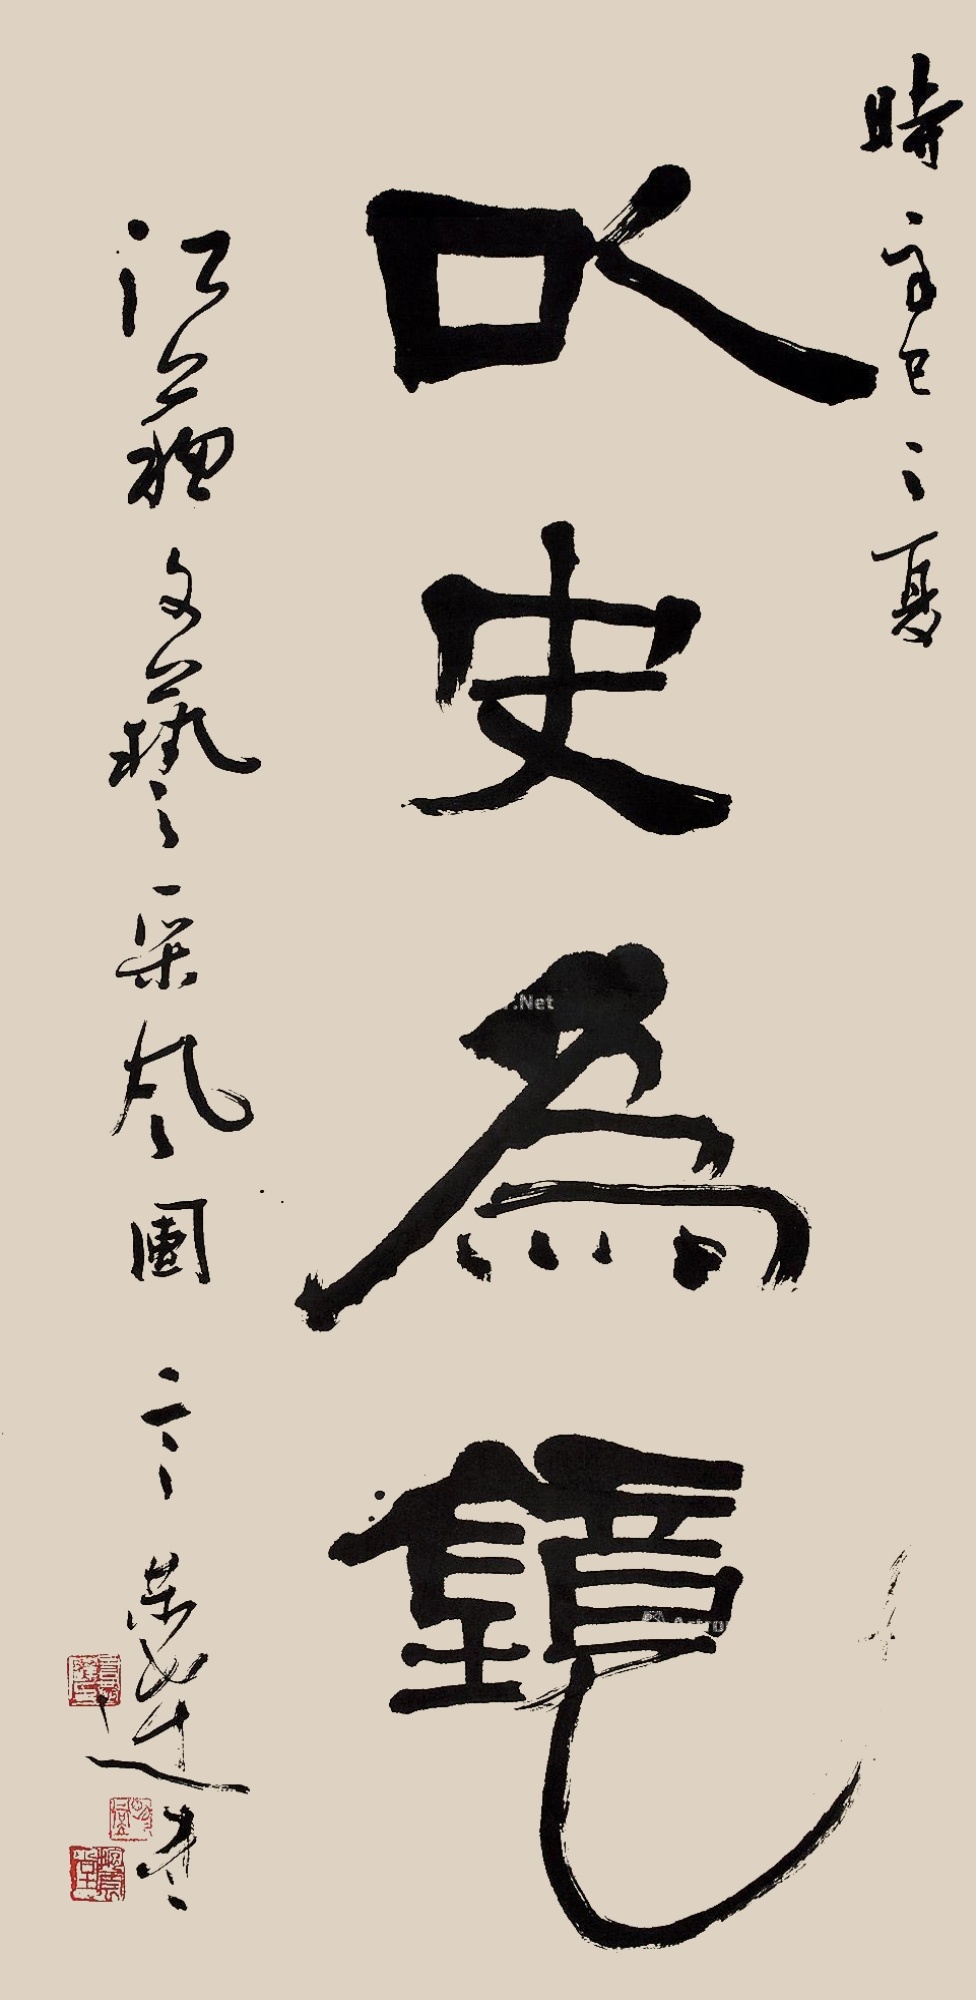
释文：以史为镜。时辛已之夏，江苏文艺采风团，言恭达书。